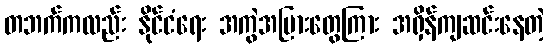
တဘက်ကလည်း နိုင်ငံရေး အကွဲအပြားတွေကြား အရှိန်ကျဆင်းနေတဲ့